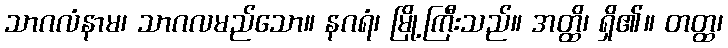
သာဂလံနာမ၊ သာဂလမည်သော။ နဂရံ၊ မြို့ကြီးသည်။ အတ္ထိ၊ ရှိ၏။ တတ္ထ၊